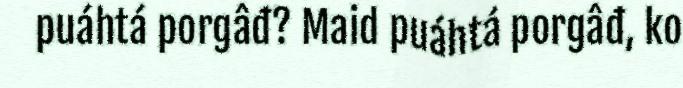
puáhtá porgâđ? Maid puáhtá porgâđ, ko